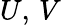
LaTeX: U,\, V